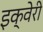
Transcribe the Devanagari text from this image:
इक्वेरी